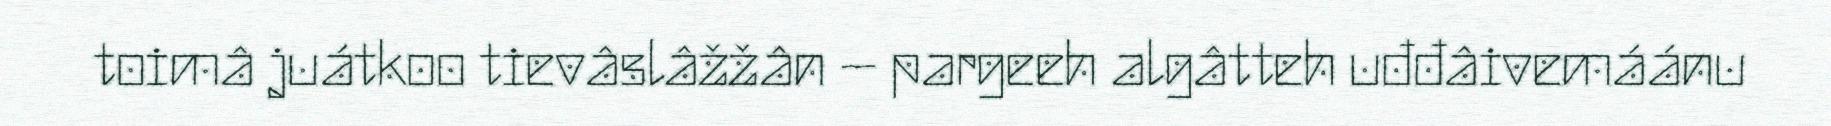
toimâ juátkoo tievâslâžžân – pargeeh algâtteh uđđâivemáánu